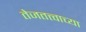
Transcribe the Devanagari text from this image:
तेजतत्त्वाच्या